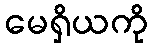
မေရှိယကို